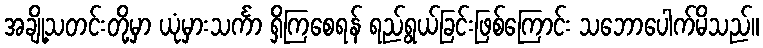
အချို့သတင်းတို့မှာ ယုံမှားသင်္ကာ ရှိကြစေရန် ရည်ရွယ်ခြင်းဖြစ်ကြောင်း သဘောပေါက်မိသည်။